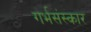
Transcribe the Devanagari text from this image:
गर्भसंस्कार